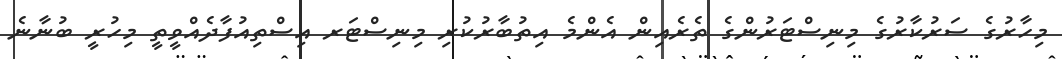
މިހާރުގެ ސަރުކާރުގެ މިނިސްޓަރުންގެ ތެރެއިން އެންމެ އިތުބާރުކުރި މިނިސްޓަރ އިސްތިއުފާދެއްވީތީ މިހުރީ ބުނާނެ